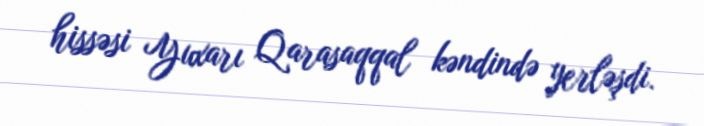
hissəsi Yuxarı Qarasaqqal kəndində yerləşdi.